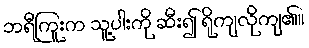
ဘရီကြူးက သူ့ပါးကို ဆီး၍ ရိုကျလိုကျ၏။